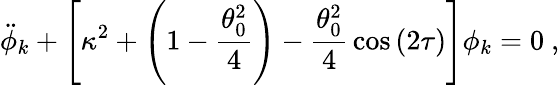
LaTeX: \ddot{\phi}_{k}+\left[\kappa^{2}+\left(1-{\frac{\theta_{0}^{2}}{4}}\right)-{\frac{\theta_{0}^{2}}{4}}\cos{(2\tau)}\right]\phi_{k}=0\ ,